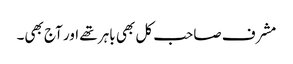
مشرف صاحب کل بھی باہر تھے اور آج بھی۔